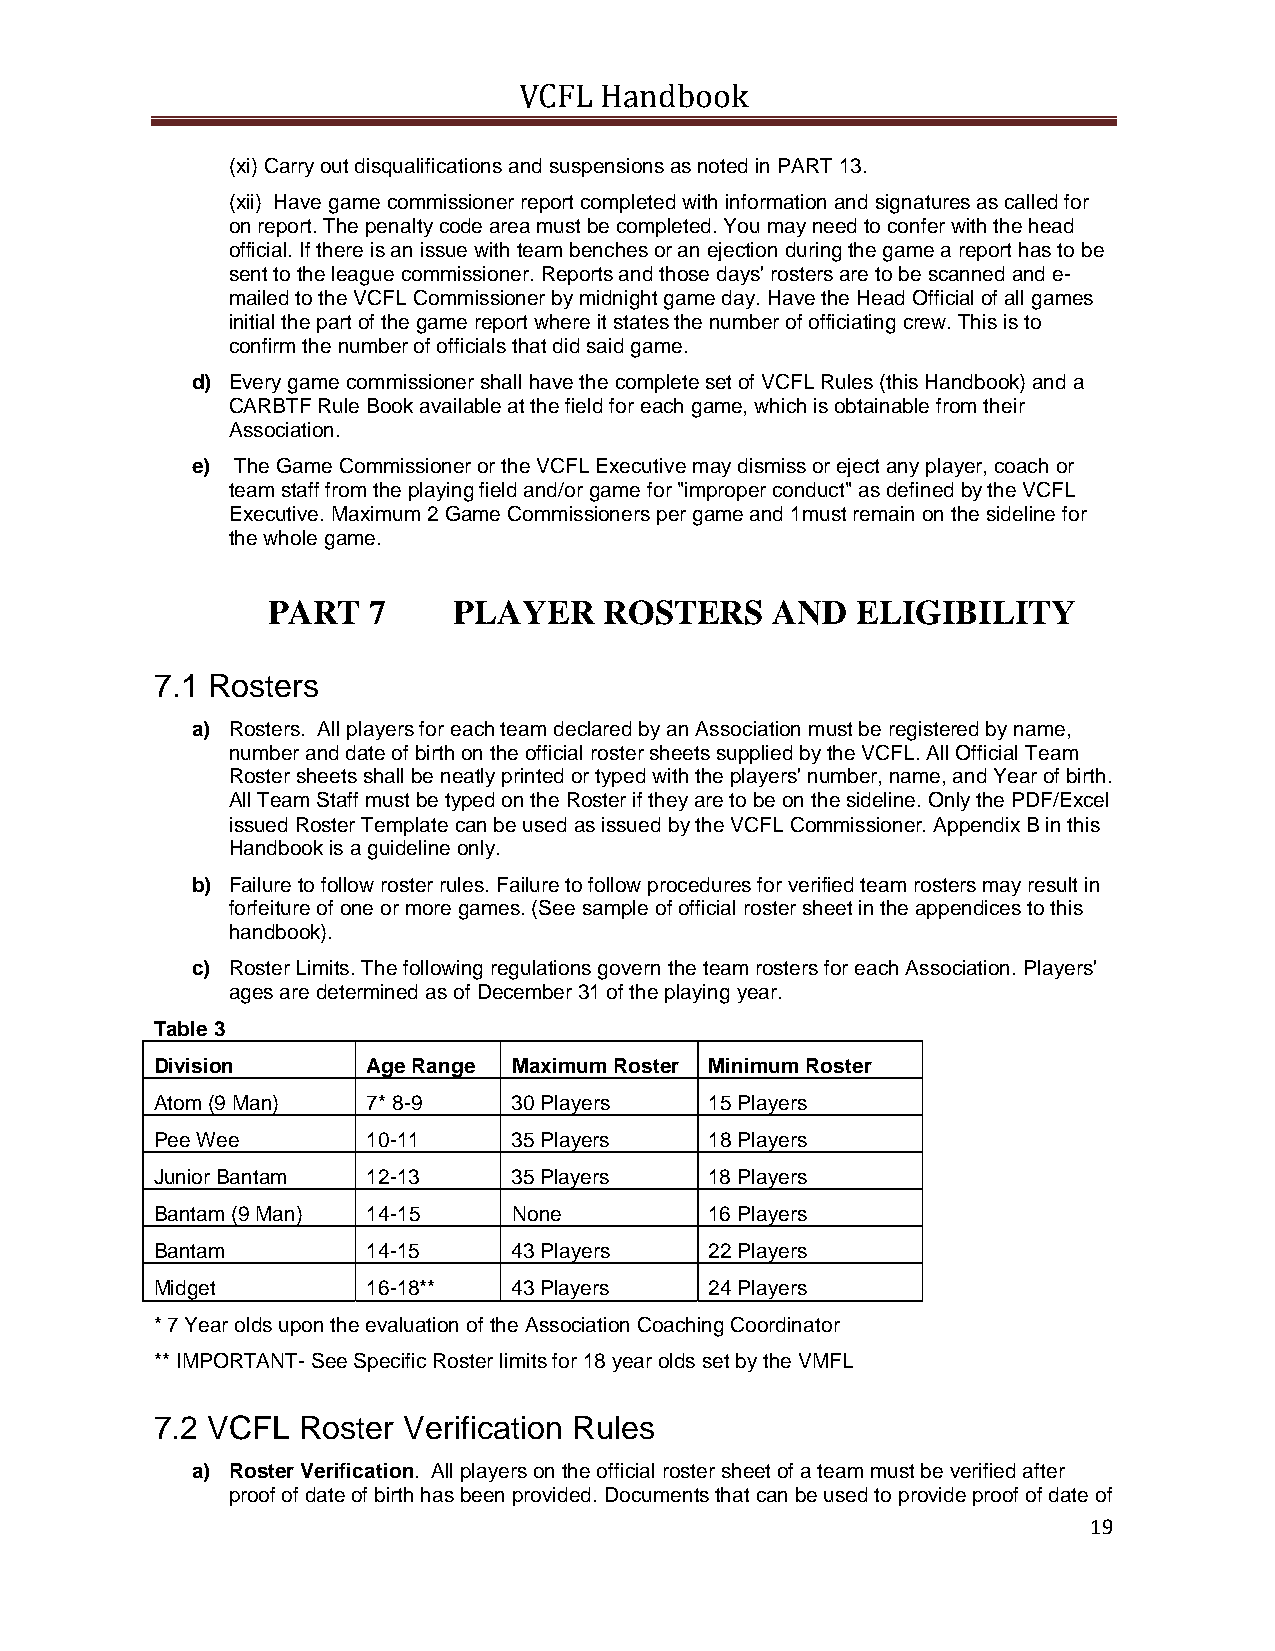
VCFL  Handbook
 (xi) Carry out disqualifications and suspensions as noted in PART 13.
 (xii) Have game commissioner report completed with information and signatures as called for
 on report. The penalty code area must be completed. You may need to confer with the head
 official. If there is an issue with team benches or an ejection during the game a report has to be
 sent to the league commissioner. Reports and those days' rosters are to be scanned and e-
 mailed to the VCFL Commissioner by midnight game day. Have the Head Official of all games
 initial the part of the game report where it states the number of officiating crew. This is to
 confirm the number of officials that did said game.
 d) Every game commissioner shall have the complete set of VCFL Rules (this Handbook) and a
 CARBTF Rule Book available at the field for each game, which is obtainable from their
 Association.
 e) The Game Commissioner or the VCFL Executive may dismiss or eject any player, coach or
 team staff from the playing field and/or game for "improper conduct" as defined by the VCFL
 Executive. Maximum 2 Game Commissioners per game and 1must remain on the sideline for
 the whole game.
 PART  7     PLAYER    ROSTERS    AND   ELIGIBILITY
 7.1 Rosters
 a) Rosters. All players for each team declared by an Association must be registered by name,
 number and date of birth on the official roster sheets supplied by the VCFL. All Official Team
 Roster sheets shall be neatly printed or typed with the players' number, name, and Year of birth.
 All Team Staff must be typed on the Roster if they are to be on the sideline. Only the PDF/Excel
 issued Roster Template can be used as issued by the VCFL Commissioner. Appendix B in this
 Handbook is a guideline only.
 b) Failure to follow roster rules. Failure to follow procedures for verified team rosters may result in
 forfeiture of one or more games. (See sample of official roster sheet in the appendices to this
 handbook).
 c) Roster Limits. The following regulations govern the team rosters for each Association. Players'
 ages are determined as of December 31 of the playing year.
 Table 3
 Division      Age Range Maximum Roster Minimum Roster
 Atom (9 Man)  7* 8-9    30 Players   15 Players
 Pee Wee       10-11     35 Players   18 Players
 Junior Bantam 12-13     35 Players   18 Players
 Bantam (9 Man) 14-15    None         16 Players
 Bantam        14-15     43 Players   22 Players
 Midget        16-18**   43 Players   24 Players
 * 7 Year olds upon the evaluation of the Association Coaching Coordinator
 ** IMPORTANT- See Specific Roster limits for 18 year olds set by the VMFL
 7.2 VCFL  Roster Verification Rules
 a) Roster Verification. All players on the official roster sheet of a team must be verified after
 proof of date of birth has been provided. Documents that can be used to provide proof of date of
 19